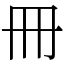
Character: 冊